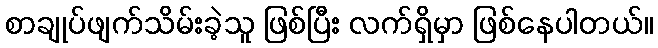
စာချုပ်ဖျက်သိမ်းခဲ့သူ ဖြစ်ပြီး လက်ရှိမှာ ဖြစ်နေပါတယ်။